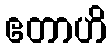
ဧတာဟိ